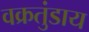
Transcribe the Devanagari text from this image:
वक्रतुंडाय